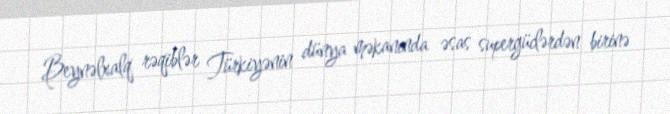
Beynəlxalq rəqiblər Türkiyənin dünya məkanında əsas supergüclərdən birinə